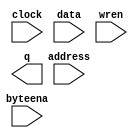
module qram32 (
	address,
	byteena,
	clock,
	data,
	wren,
	q);

	input	[13:0]  address;
	input	[3:0]  byteena;
	input	  clock;
	input	[31:0]  data;
	input	  wren;
	output	[31:0]  q;
`ifndef ALTERA_RESERVED_QIS
// synopsys translate_off
`endif
	tri1	[3:0]  byteena;
	tri1	  clock;
`ifndef ALTERA_RESERVED_QIS
// synopsys translate_on
`endif

endmodule